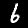
Digit: 6